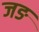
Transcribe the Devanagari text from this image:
जङ